DOW-UAP-D49, Launch Summary, Vandenberg AFB, 2000
Agency: Department of War
Incident date: 2/3/00
Page 59
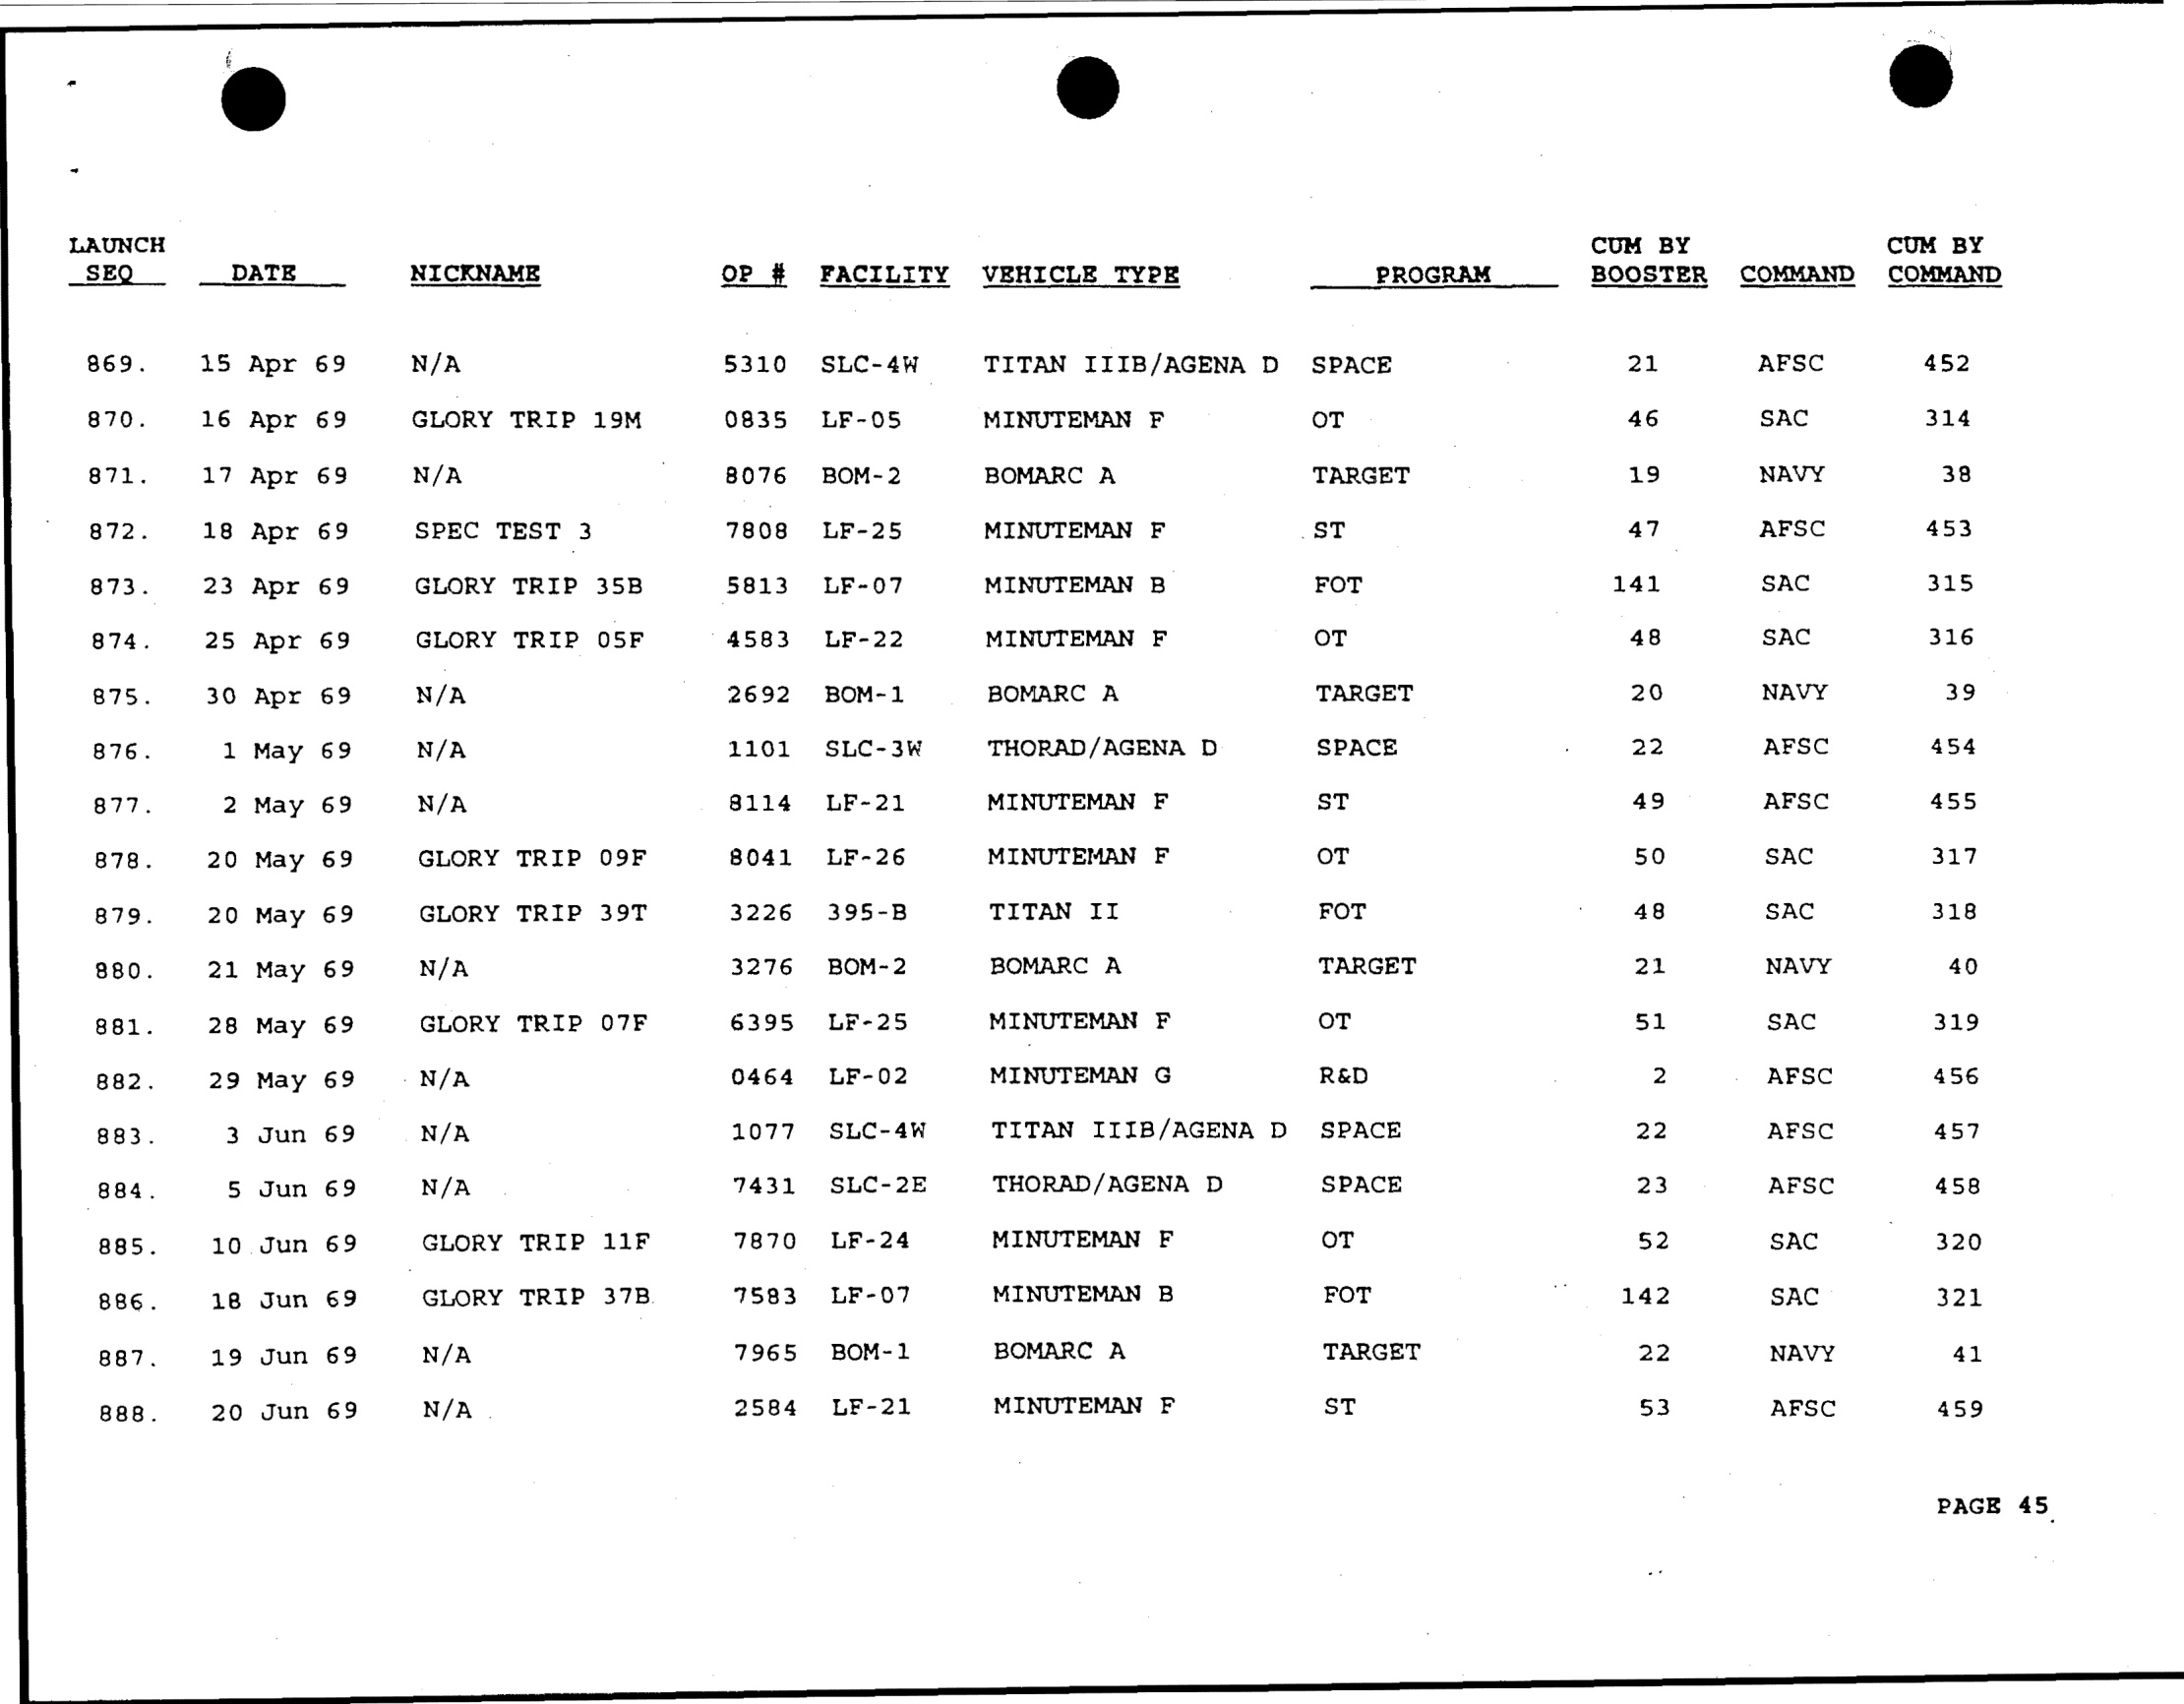